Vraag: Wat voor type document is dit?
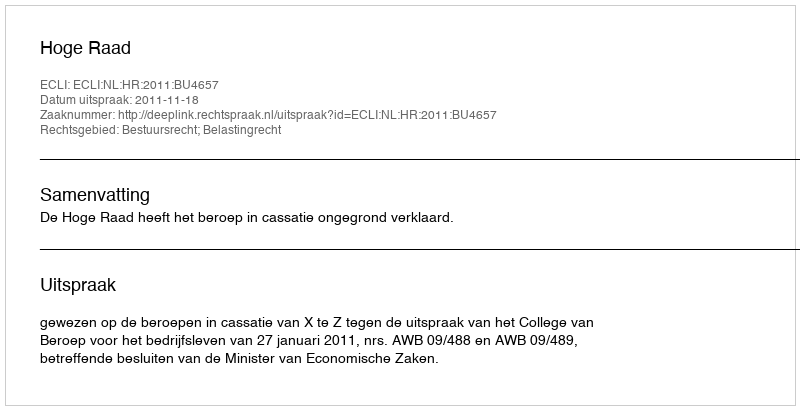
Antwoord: Uitspraak